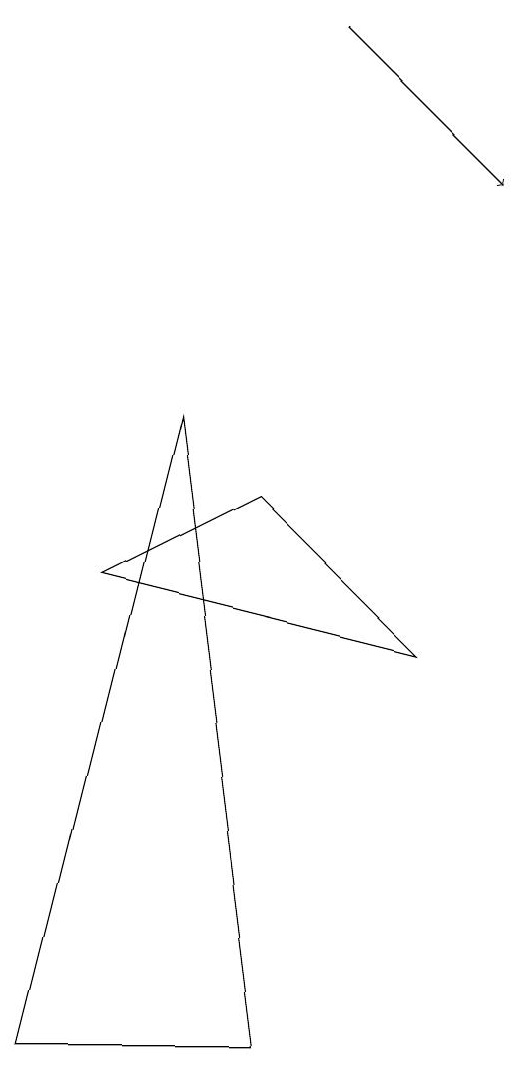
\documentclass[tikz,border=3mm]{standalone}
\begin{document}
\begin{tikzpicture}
\draw (3,9) -- (4,1) -- (1,1) -- cycle;
\draw[->] (5,14) -- (7,12);
\draw (2,7) -- (6,6) -- (4,8) -- cycle;
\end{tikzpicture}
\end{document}